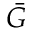
\bar { G }